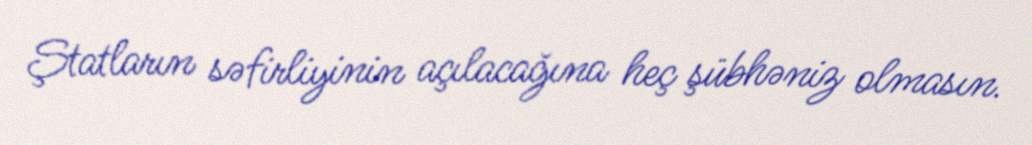
Ştatların səfirliyinin açılacağına heç şübhəniz olmasın.